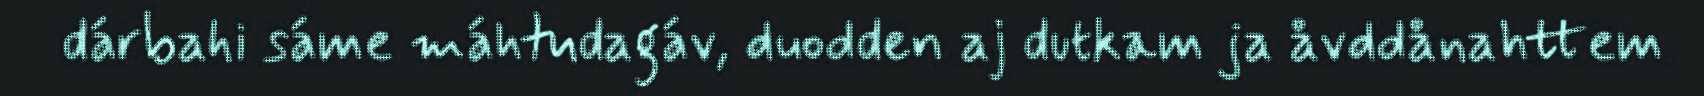
dárbahi sáme máhtudagáv, duodden aj dutkam ja åvddånahttem